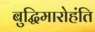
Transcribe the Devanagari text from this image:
बुद्धिमारोहंति